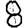
Digit: 8